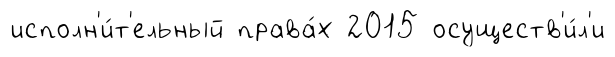
исполн'и́т'ельный права́х 2015 осуществ'и́л'и